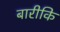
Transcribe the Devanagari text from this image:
बारीकि